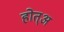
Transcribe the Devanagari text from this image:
होत्अ